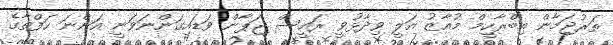
ތަރުޖަމާން އިބްރާހީމް މުއާޒު އަލީ ވިދާޅުވީ ރައީސް ޖަޕާން ވަޑައިގަންނަވަނީ އަންނަ ހަފްތާގެ